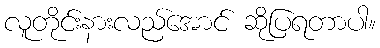
လူတိုင်းနားလည်အောင် ဆိုပြရတာပါ။